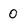
Character: 0